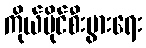
ကိုယ်ပိုင်စီးပွားရေး